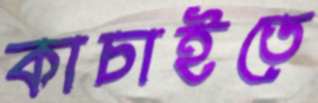
কাচাইতে